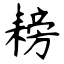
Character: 耪